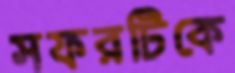
সফরটিকে